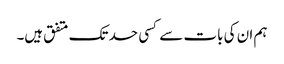
ہم ان کی بات سے کسی حد تک متفق ہیں۔